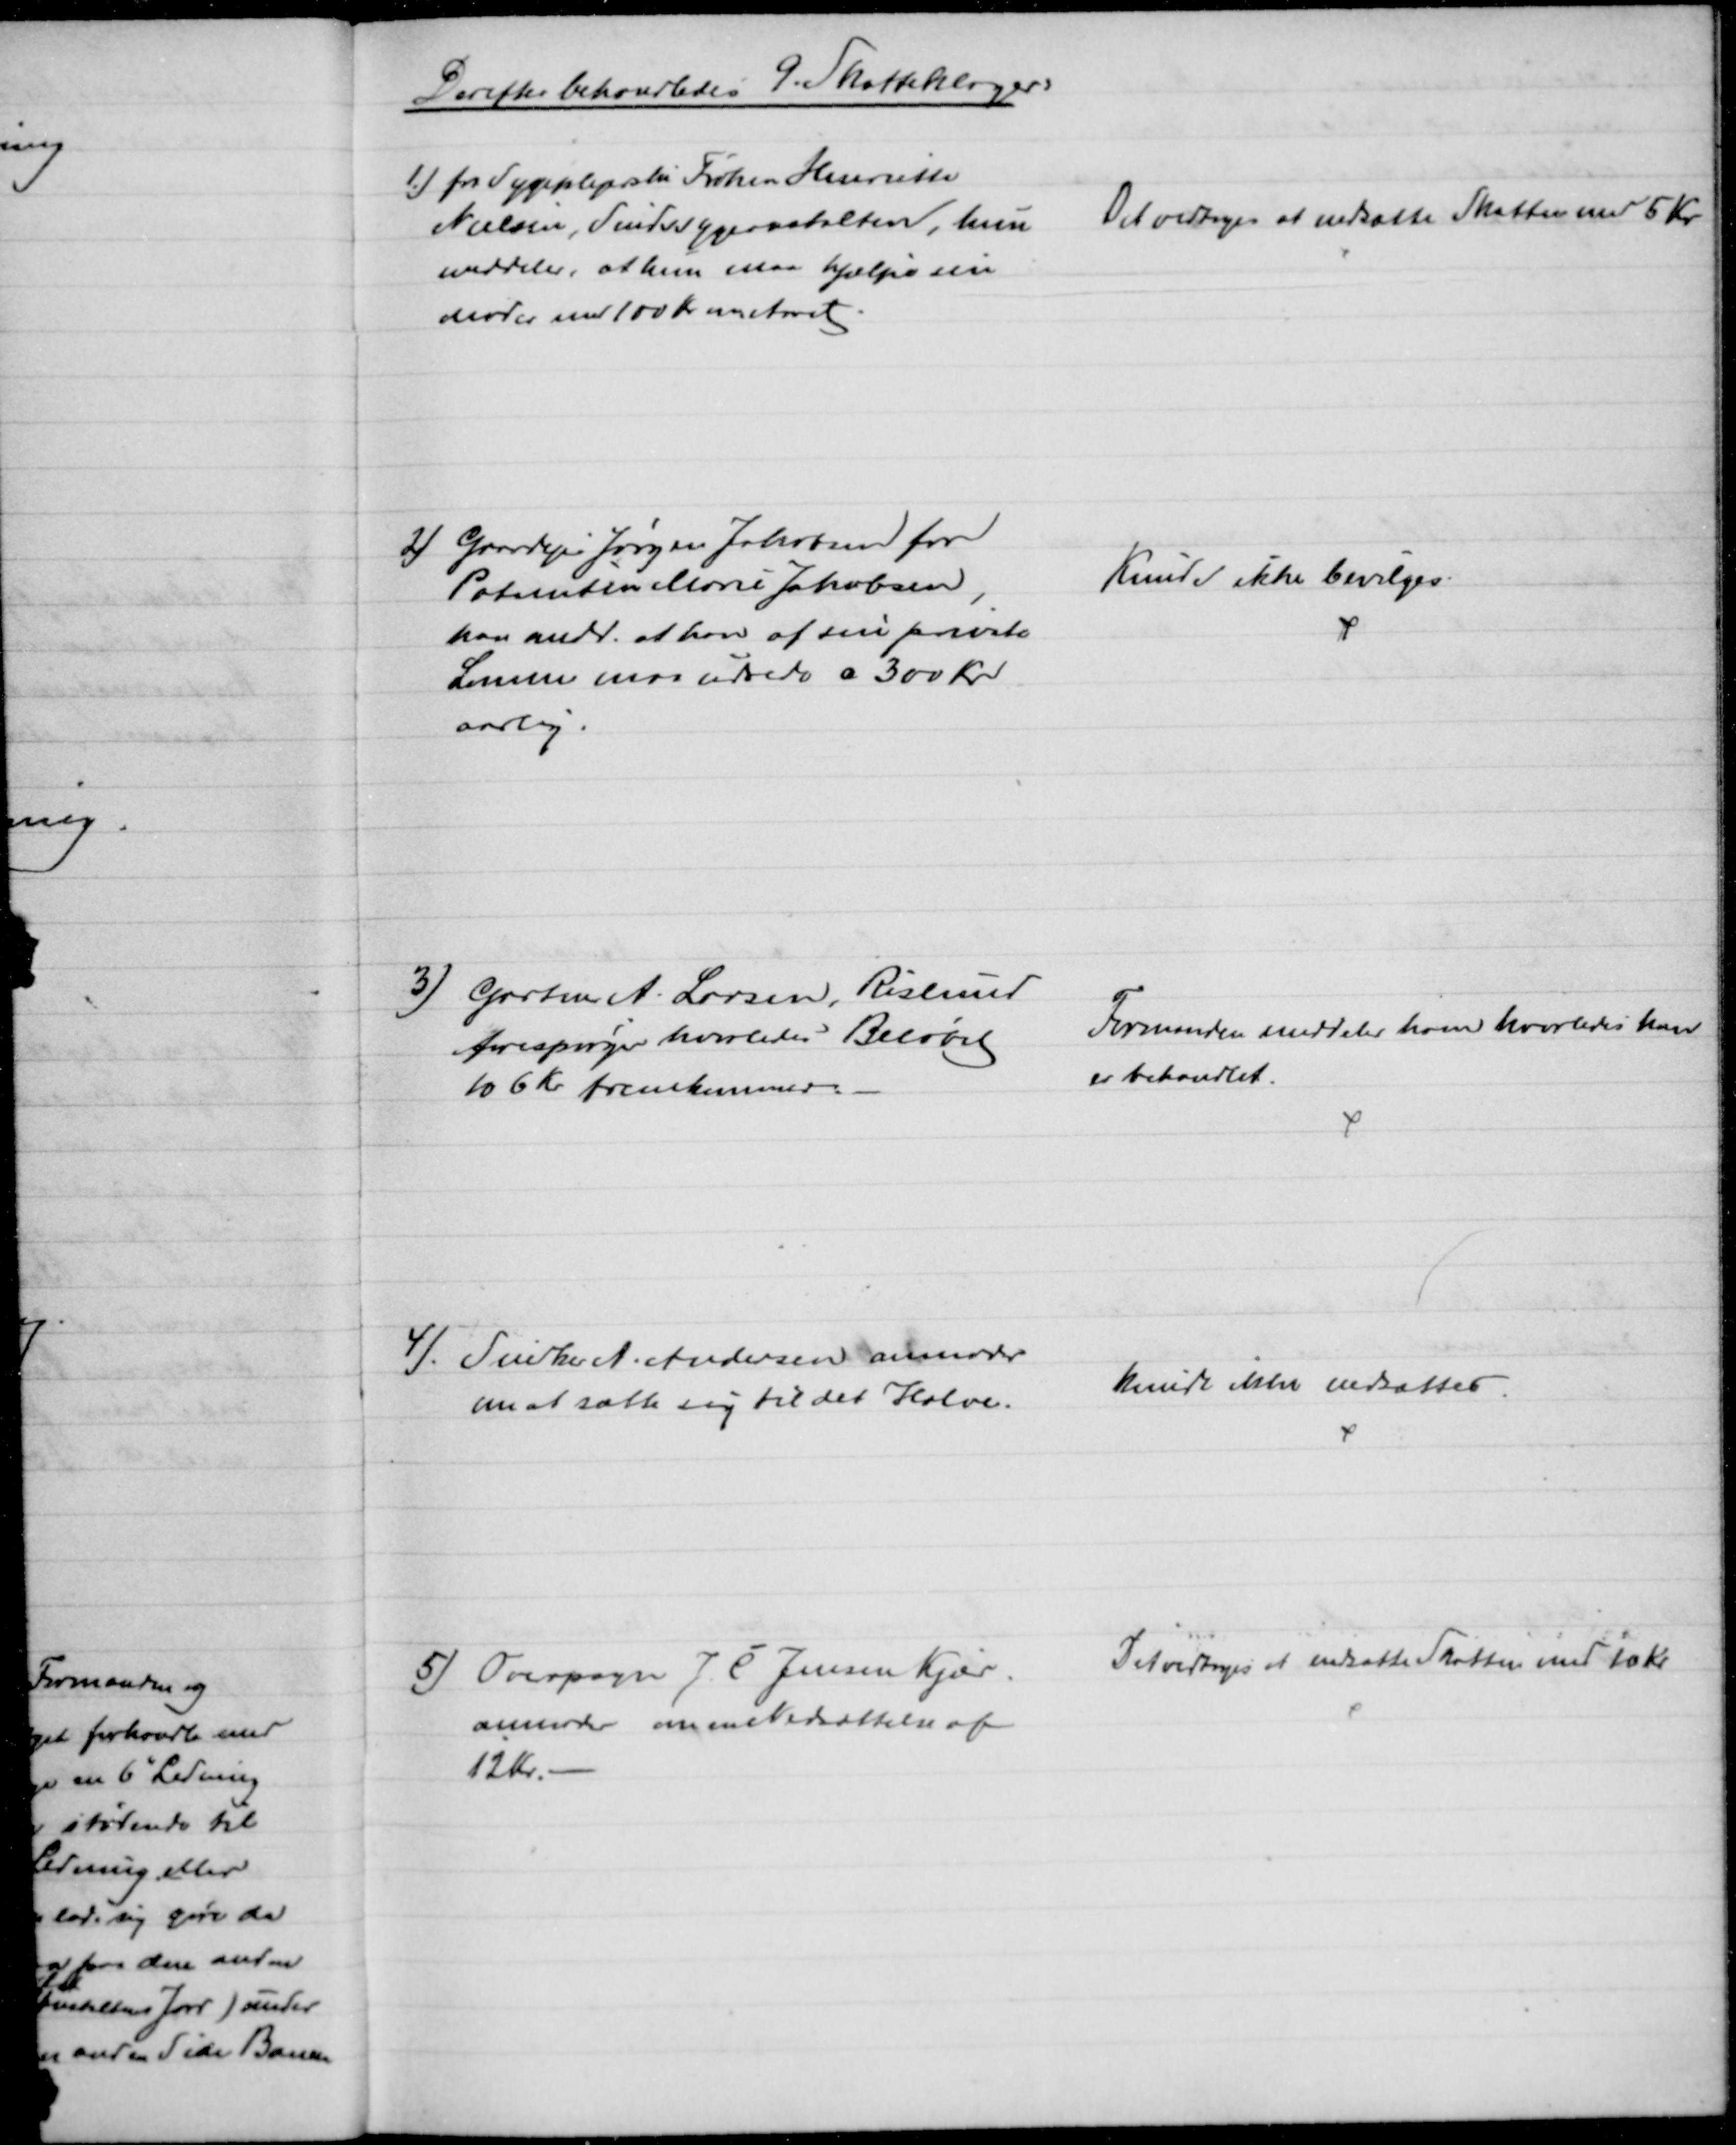
Transskription:
Derefter behandledes 9 Skatteklager:
1.) fra Sygeplejerske Frøken Henriette
Nielsen, Sindssygeanstalten, hun
meddeler, at hun maa hjælpe sin
Moder med 100 Kr om Aaret
Det vedtoges at nedsætte Skatten med 5 Kr.
2) Gaardejer Jørgen Jakobsen for
Patienten Marie Jakobsen
han andr. at han af sin private
Lomme maa udrede c 300 Kr
aarlig.
Kunde ikke bevilges.
3) Gartner A. Larsen, Rislund
forespørger hvorledes Beløbet
106 Kr fremkommer.
Formanden meddeler ham hvorledes han
er behandlet.
4). Snedker A. Andersen anmoder
om at sætte sig til det Halve.
kunde ikke nedsættes.
5) Overopsyn J. C. Jensen Kjær.
anmoder om en Nedsættelse af
12 Kr.
Det vedtoges at nedsætte Skatten med 10 Kr